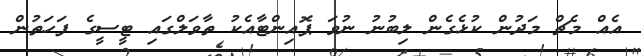
އެއް މެޗް މަދުން ކުޅެގެން ލިބުނު ނުވަ ޕޮއިންޓާއެކު ތާވަލްގައި ޓީސީގެ ފަހަތުން